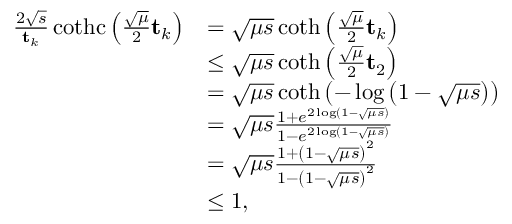
\begin{array} { r l } { \frac { 2 \sqrt { s } } { \mathbf { t } _ { k } } \operatorname { c o t h c } \left( \frac { \sqrt { \mu } } { 2 } \mathbf { t } _ { k } \right) } & { = \sqrt { \mu s } \coth \left( \frac { \sqrt { \mu } } { 2 } \mathbf { t } _ { k } \right) } \\ & { \leq \sqrt { \mu s } \coth \left( \frac { \sqrt { \mu } } { 2 } \mathbf { t } _ { 2 } \right) } \\ & { = \sqrt { \mu s } \coth \left( - \log \left( 1 - \sqrt { \mu s } \right) \right) } \\ & { = \sqrt { \mu s } \frac { 1 + e ^ { 2 \log \left( 1 - \sqrt { \mu s } \right) } } { 1 - e ^ { 2 \log \left( 1 - \sqrt { \mu s } \right) } } } \\ & { = \sqrt { \mu s } \frac { 1 + \left( 1 - \sqrt { \mu s } \right) ^ { 2 } } { 1 - \left( 1 - \sqrt { \mu s } \right) ^ { 2 } } } \\ & { \leq 1 , } \end{array}